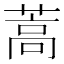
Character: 蒿